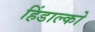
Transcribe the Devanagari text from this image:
हिंडाल्‍को